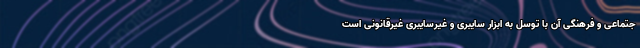
جتماعی و فرهنگی آن با توسل به ابزار سایبری و غیرسایبری غیرقانونی است